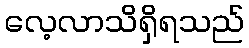
လေ့လာသိရှိရသည်